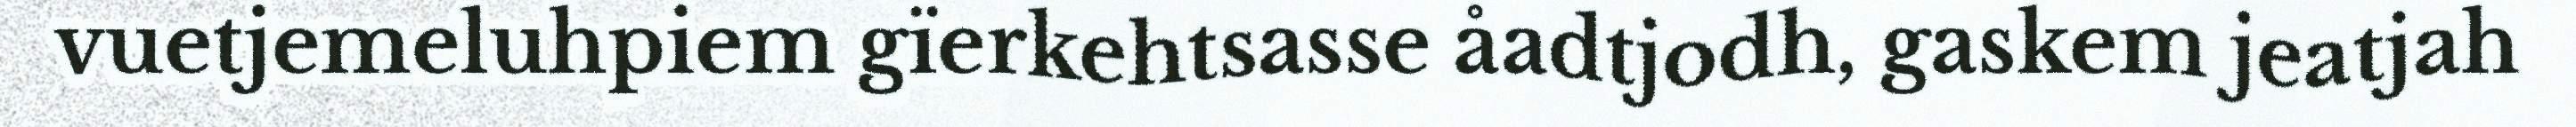
vuetjemeluhpiem gïerkehtsasse åadtjodh, gaskem jeatjah